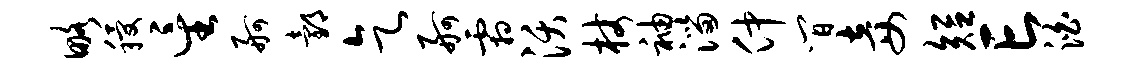
略稷星舸邰乞舸霜沃杖袖淄仲间妾短亡泊